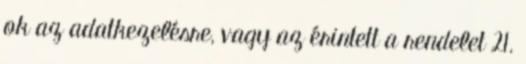
ok az adatkezelésre, vagy az érintett a rendelet 21.